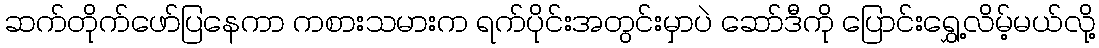
ဆက်တိုက်ဖော်ပြနေကာ ကစားသမားက ရက်ပိုင်းအတွင်းမှာပဲ ဆော်ဒီကို ပြောင်းရွှေ့လိမ့်မယ်လို့